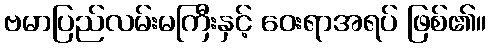
ဗမာပြည်လမ်းမကြီးနှင့် ဝေးရာအရပ် ဖြစ်၏။